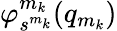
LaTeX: \varphi_{s^{m_{k}}}^{m_{k}}(q_{m_{k}})